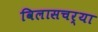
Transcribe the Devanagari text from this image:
विलासचर्या